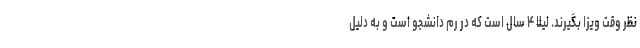
نظر وقت ویزا بگیرند. لیلا ۴ سال است که در رم دانشجو است و به دلیل